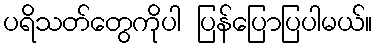
ပရိသတ်တွေကိုပါ ပြန်ပြောပြပါမယ်။